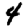
Digit: 4